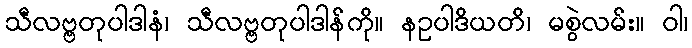
သီလဗ္ဗတုပါဒါနံ၊ သီလဗ္ဗတုပါဒါန်ကို။ နဥပါဒိယတိ၊ မစွဲလမ်း။ ဝါ၊